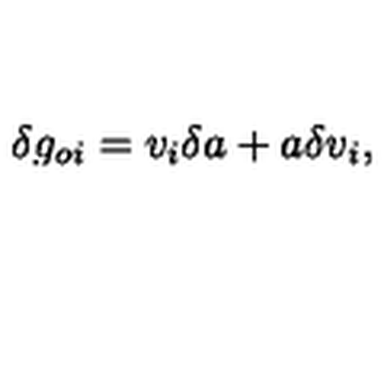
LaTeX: \delta g _ { o i } = v _ { i } \delta a + a \delta v _ { i } ,